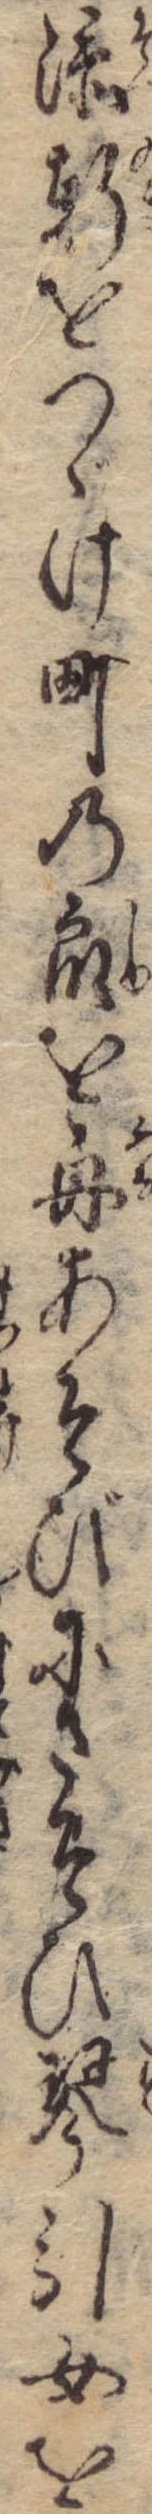
添軒をつゞけ町の衆を舟あそびにさそひ琴引女を